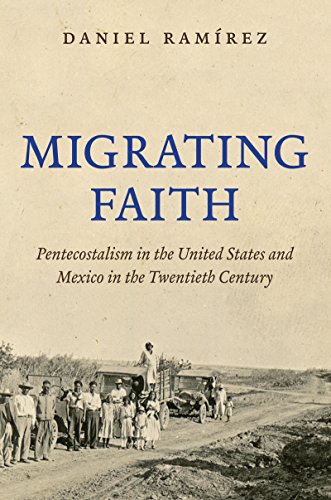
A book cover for Migrating Faith: Pentecostalism in the United States and Mexico in the Twentieth Century; Daniel RamÃ­rez; History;